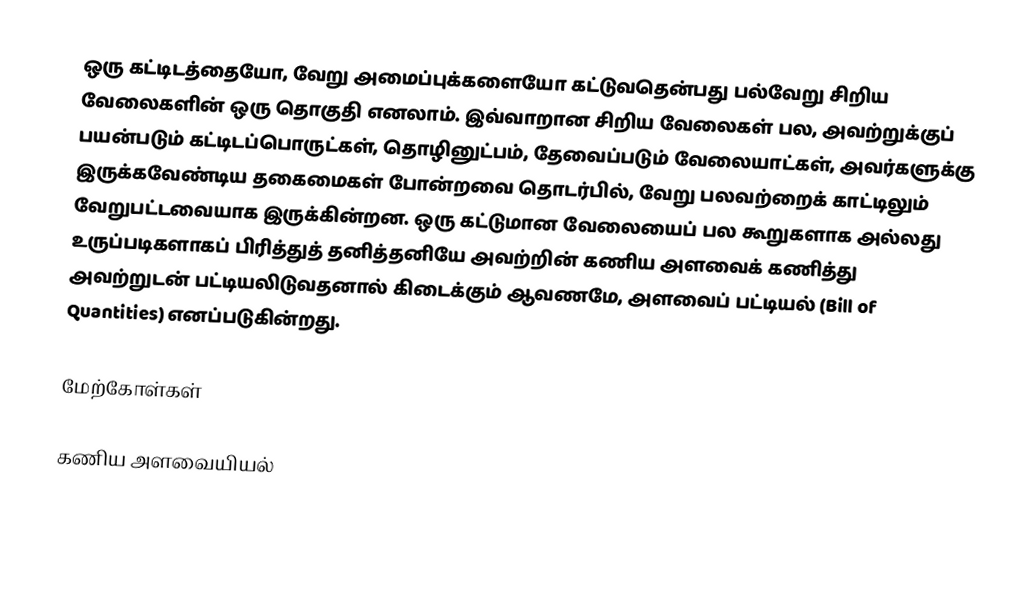
ஒரு கட்டிடத்தையோ, வேறு அமைப்புக்களையோ கட்டுவதென்பது பல்வேறு சிறிய வேலைகளின் ஒரு தொகுதி எனலாம். இவ்வாறான சிறிய வேலைகள் பல, அவற்றுக்குப் பயன்படும் கட்டிடப்பொருட்கள், தொழினுட்பம், தேவைப்படும் வேலையாட்கள், அவர்களுக்கு இருக்கவேண்டிய தகைமைகள் போன்றவை தொடர்பில், வேறு பலவற்றைக் காட்டிலும் வேறுபட்டவையாக இருக்கின்றன. ஒரு கட்டுமான வேலையைப் பல கூறுகளாக அல்லது உருப்படிகளாகப் பிரித்துத் தனித்தனியே அவற்றின் கணிய அளவைக் கணித்து அவற்றுடன் பட்டியலிடுவதனால் கிடைக்கும் ஆவணமே, அளவைப் பட்டியல் (Bill of Quantities) எனப்படுகின்றது.

மேற்கோள்கள்

கணிய அளவையியல்